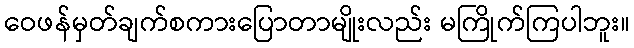
ဝေဖန်မှတ်ချက်စကားပြောတာမျိုးလည်း မကြိုက်ကြပါဘူး။